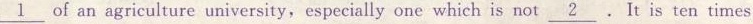
\underline{1}of an agriculture university,especially one which is not \underline{2}.It is ten times